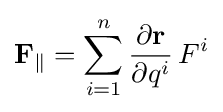
\displaystyle \mathbf {F} _{\parallel }=\sum _{i=1}^{n}{\frac {\partial \mathbf {r} }{\partial q^{i}}}\,F^{i}